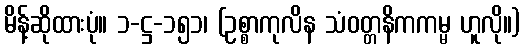
မိန့်ဆိုထားပုံ။ ၁-ဋ္ဌ-၁၅၁၊ (ဥစ္စာကုလိန သံဝတ္တနိကကမ္မ ဟူလို။)